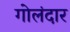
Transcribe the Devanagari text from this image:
गोलंदार